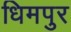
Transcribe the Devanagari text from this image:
धिमपुर